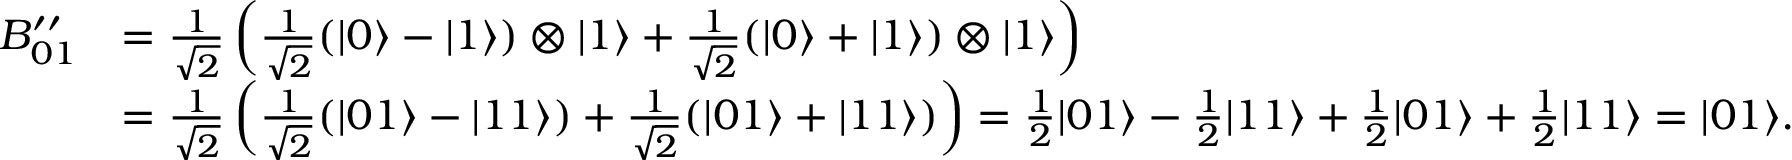
{ \begin{array} { r l } { B _ { 0 1 } ^ { \prime \prime } } & { = { \frac { 1 } { \sqrt { 2 } } } \left( { \frac { 1 } { \sqrt { 2 } } } ( | 0 \rangle - | 1 \rangle ) \otimes | 1 \rangle + { \frac { 1 } { \sqrt { 2 } } } ( | 0 \rangle + | 1 \rangle ) \otimes | 1 \rangle \right) } \\ & { = { \frac { 1 } { \sqrt { 2 } } } \left( { \frac { 1 } { \sqrt { 2 } } } ( | 0 1 \rangle - | 1 1 \rangle ) + { \frac { 1 } { \sqrt { 2 } } } ( | 0 1 \rangle + | 1 1 \rangle ) \right) = { \frac { 1 } { 2 } } | 0 1 \rangle - { \frac { 1 } { 2 } } | 1 1 \rangle + { \frac { 1 } { 2 } } | 0 1 \rangle + { \frac { 1 } { 2 } } | 1 1 \rangle = | 0 1 \rangle . } \end{array} }